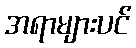
အရာများပင်